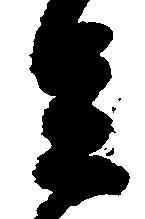
足